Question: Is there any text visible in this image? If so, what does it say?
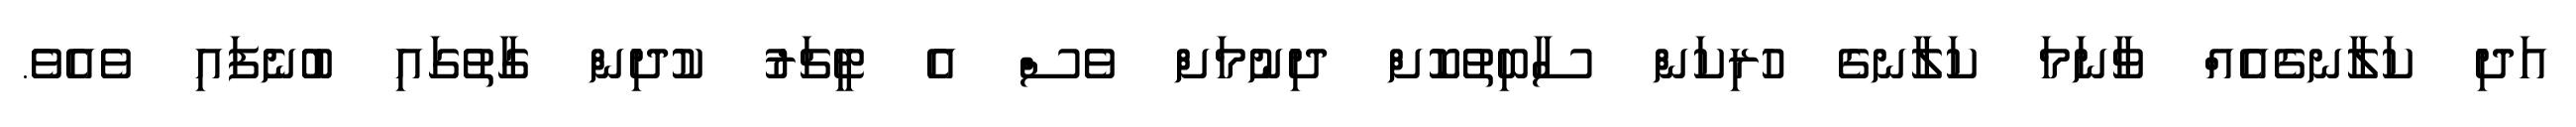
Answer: އަދި ކަލާނގެއެއް ވާނަމަ ކަލާނގެ ހުރިކަން ސާބިތުކޮށް ދިނުމަށް ވެސް އެ ޓީޗަރު ކުދިން ގާތުގައި ބުނެފައި ވެއެވެ.